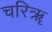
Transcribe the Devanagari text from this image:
चरिॠ